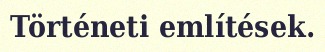
Történeti említések.